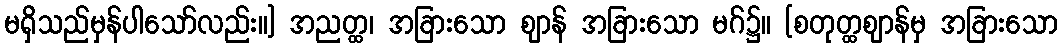
မရှိသည်မှန်ပါသော်လည်း။] အညတ္ထ၊ အခြားသော ဈာန် အခြားသော မဂ်၌။ [စတုတ္ထဈာန်မှ အခြားသော